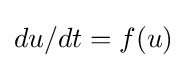
du/dt=f(u)